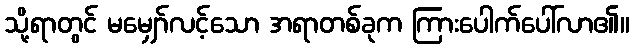
သို့ရာတွင် မမျှော်လင့်သော အရာတစ်ခုက ကြားပေါက်ပေါ်လာ၏။